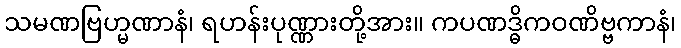
သမဏဗြဟ္မဏာနံ၊ ရဟန်းပုဏ္ဏားတို့အား။ ကပဏဒ္ဓိကဝဏိဗ္ဗကာနံ၊